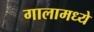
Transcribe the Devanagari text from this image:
गालामध्ये